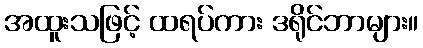
အထူးသဖြင့် ထရပ်ကား ဒရိုင်ဘာများ။